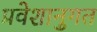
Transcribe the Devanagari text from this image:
प्रवेशानुगत